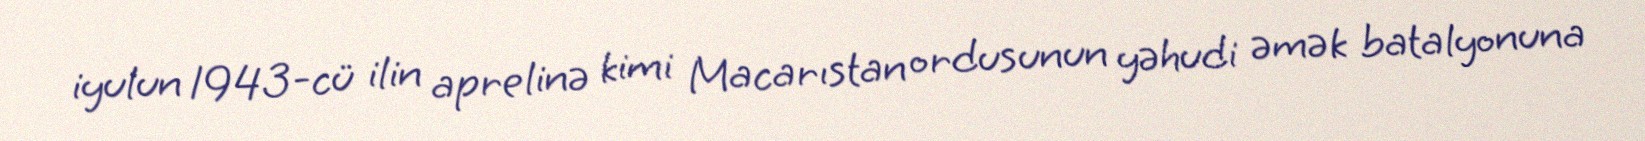
iyulun 1943-cü ilin aprelinə kimi Macarıstan ordusunun yəhudi əmək batalyonuna